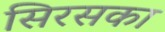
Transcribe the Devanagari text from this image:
सिरसका